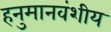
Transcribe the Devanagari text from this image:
हनुमानवंशीय